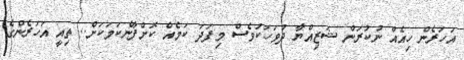
އަހަރެން ހިއެއް ނުކުރަން ޝަޒިއްޔާ ދުވަހަކުވެސް މިފަދަ ކަމެއް ކޮށްފާނެކަމަކަށް.. ތިއީ އަހަރެންގެ